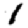
Digit: 1